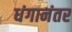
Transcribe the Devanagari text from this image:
धंगानंतर